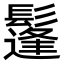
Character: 鬔